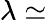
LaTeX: \lambda\simeq